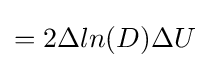
=2\Delta ln(D)\Delta U